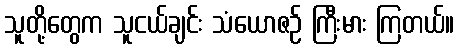
သူတို့တွေက သူငယ်ချင်း သံယောဇဉ် ကြီးမား ကြတယ်။